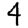
Digit: 4